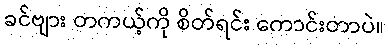
ခင်ဗျား တကယ့်ကို စိတ်ရင်း ကောင်းတာပဲ။